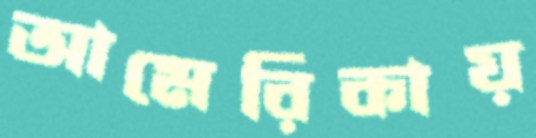
আমেরিকায়